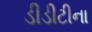
ડીડીટીના